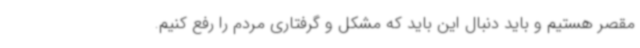
مقصر هستیم و باید دنبال این باید که مشکل و گرفتاری مردم را رفع کنیم.